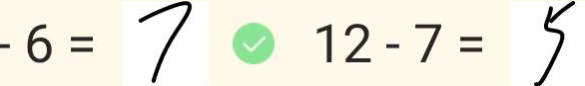
- 6 = 7 1 2 - 7 = 5